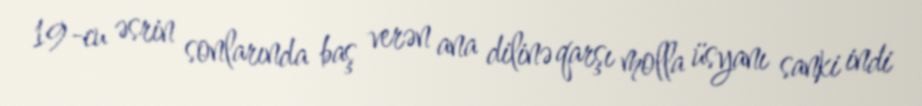
19-cu əsrin sonlarında baş verən ana dilinə qarşı molla üsyanı sanki indi